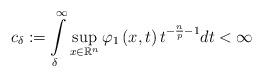
LaTeX: \begin{align*}c_{\delta}:={\displaystyle \int \limits_{\delta}^{\infty}}\sup_{x\in{\mathbb{R}^{n}}}\varphi_{1}\left( x,t\right) t^{-\frac{n}{p}-1}dt<\infty \end{align*}